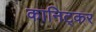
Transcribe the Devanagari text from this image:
कानिट्कर